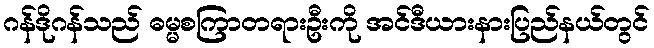
ဂန်ဒိုဂန်သည် ဓမ္မစကြာတရားဦးကို အင်ဒီယားနားပြည်နယ်တွင်